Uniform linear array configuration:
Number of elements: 16
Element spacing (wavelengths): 0.75
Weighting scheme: hamming
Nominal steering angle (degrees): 60
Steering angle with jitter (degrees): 60.869
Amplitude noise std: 0.05
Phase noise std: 0.05

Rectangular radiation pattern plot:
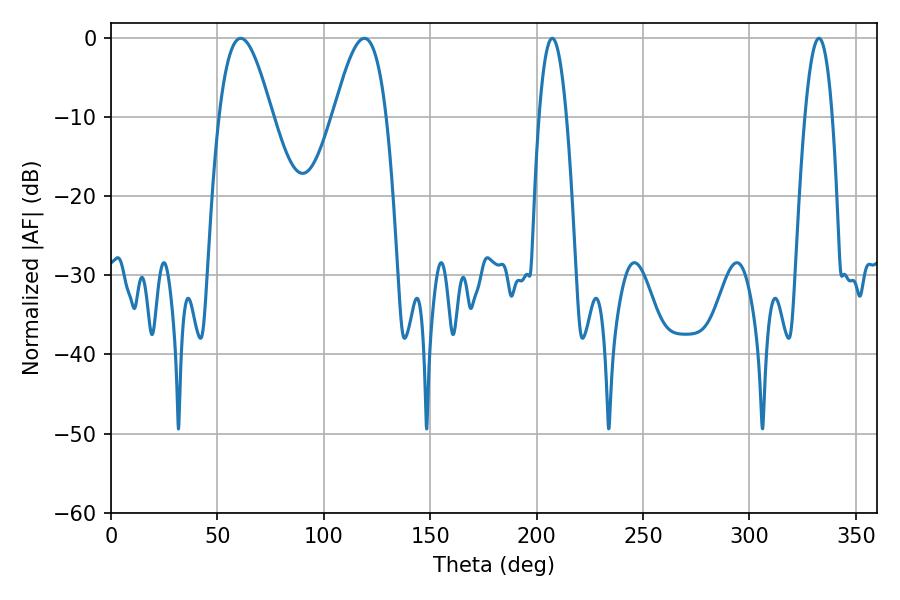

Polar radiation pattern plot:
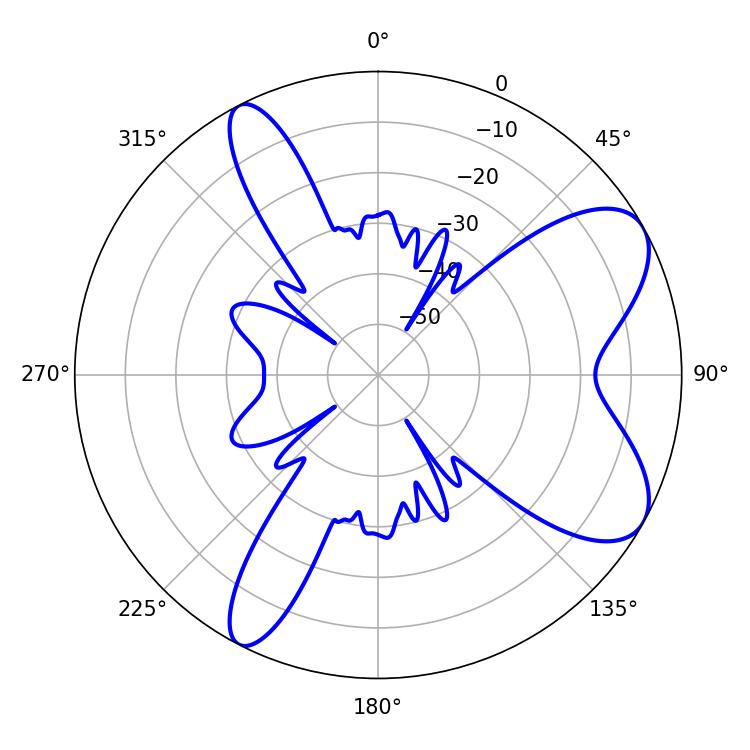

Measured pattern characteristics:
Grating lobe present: TRUE
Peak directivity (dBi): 7.722
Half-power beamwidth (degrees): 7.02
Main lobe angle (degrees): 207.36